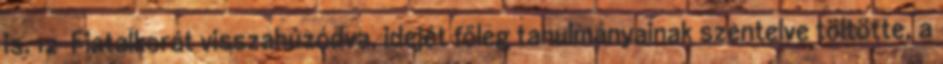
is. 12 Fiatalkorát visszahúzódva, idejét főleg tanulmányainak szentelve töltötte, a